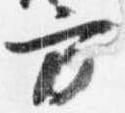
方